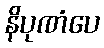
နိပုဏံပေ